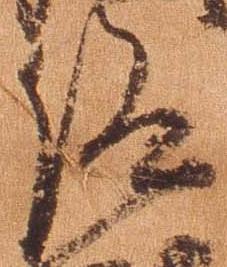
仰